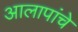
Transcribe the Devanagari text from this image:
आलापांचे